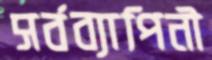
সর্বব্যাপিনী